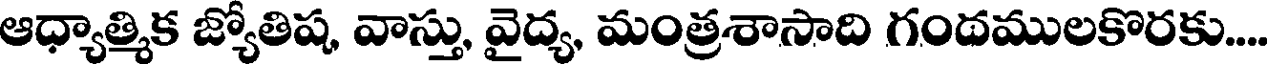
ఆధ్యాత్మిక జ్యోతిష, వాస్తు, వైద్య, మంత్రశాసాది గందములకొరకు....